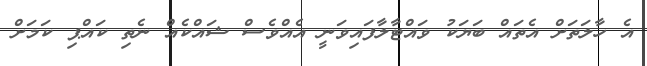
އެ ހާލަތަށް އެތައް ބަޔަކު ވައްޓާލާފައިވަނީ އެއްވެސް ޝައްކެއް ނެތި ކައްޕި ކަމަށް